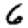
Digit: 6